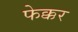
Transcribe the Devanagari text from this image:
फेक्कर